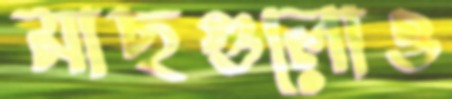
মাছগুলোও